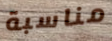
مناسبة